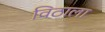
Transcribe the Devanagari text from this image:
विठाला